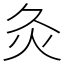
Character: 灸